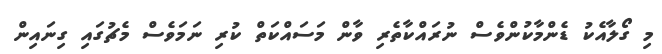
މި ގޯލާއެކު ޑެންމާކުންވެސް ނުރައްކާތެރި ވާން މަސައްކަތް ކުރި ނަމަވެސް މެޗުގައި ގިނައިން